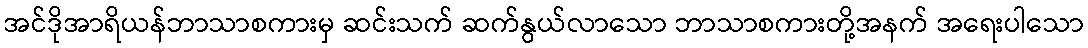
အင်ဒိုအာရိယန်ဘာသာစကားမှ ဆင်းသက် ဆက်နွယ်လာသော ဘာသာစကားတို့အနက် အရေးပါသော